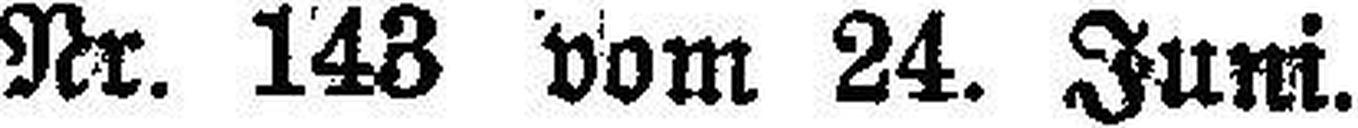
Nr. 143 vom 24. Juni.